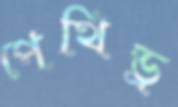
পেথিড্র